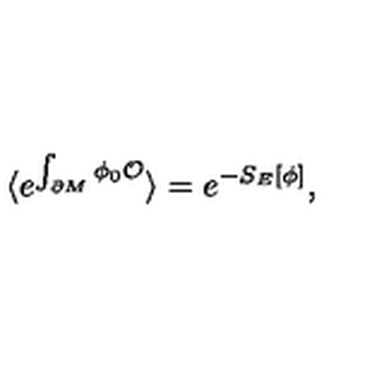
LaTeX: \langle e ^ { \int _ { \partial M } \phi _ { 0 } { \cal O } } \rangle = e ^ { - S _ { E } [ \phi ] } ,